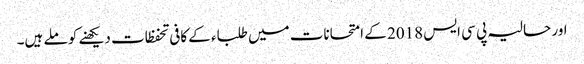
اور حالیہ پی سی ایس 2018 کے امتحانات میں طلباء کے کافی تحفظات دیکھنے کو ملے ہیں۔